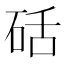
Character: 𮵍